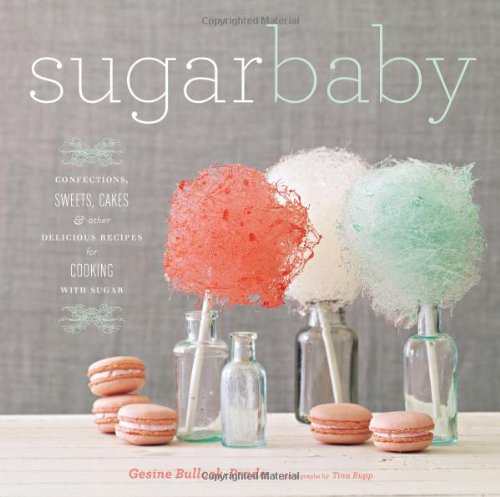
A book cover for Sugar Baby: Confections, Candies, Cakes, & Other Delicious Recipes for Cooking with Sugar; Gesine Bullock-Prado; Cookbooks, Food & Wine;